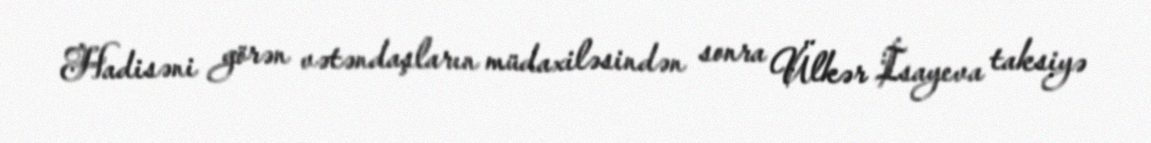
Hadisəni görən vətəndaşların müdaxiləsindən sonra Ülkər İsayeva taksiyə